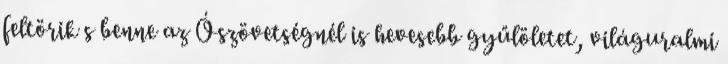
feltörik s benne az Ószövetségnél is hevesebb gyűlöletet, világuralmi